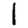
Digit: 1